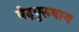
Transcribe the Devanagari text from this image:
वेदपुरुषाय